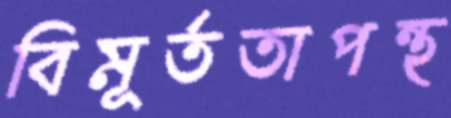
বিমূর্ততাপন্থ